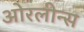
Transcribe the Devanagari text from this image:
ओरलीन्स